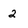
Character: 2